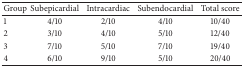
| Group | Subepicardial | Intracardiac | Subendocardial | Total score |
 | --- | --- | --- | --- | --- |
 | 1 | 4/10 | 2/10 | 4/10 | 10/40 |
 | 2 | 3/10 | 4/10 | 5/10 | 12/40 |
 | 3 | 7/10 | 5/10 | 7/10 | 19/40 |
 | 4 | 6/10 | 9/10 | 5/10 | 20/40 |